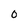
Character: 0